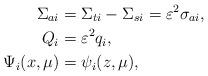
LaTeX: \begin{align*}\Sigma_{ai}&=\Sigma_{ti}-\Sigma_{si} =\varepsilon^2\sigma_{ai},\\ Q_i &=\varepsilon^2q_i ,\\ \Psi_i(x,\mu)&=\psi_i(z,\mu), \end{align*}